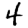
Digit: 4